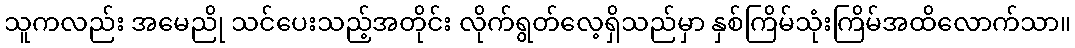
သူကလည်း အမေညို သင်ပေးသည့်အတိုင်း လိုက်ရွတ်လေ့ရှိသည်မှာ နှစ်ကြိမ်သုံးကြိမ်အထိလောက်သာ။